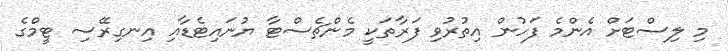
މި ލިސްޓަށް އެންމެ ފަހުން އިތުރުވި ފަރާތަކީ މެންޗެސްޓާ ޔުނައިޓެޑާއި އިނގިރޭސި ޓީމްގެ